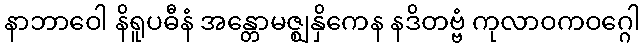
နာဘာဝေါ နိရူပဓီနံ အန္တောမဇ္ဈနှိကေန နဒိတဗ္ဗံ ကုလာဝကဝဂ္ဂေါ